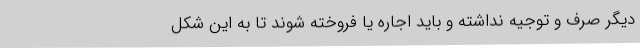
دیگر صرف و توجیه نداشته و باید اجاره یا فروخته شوند تا به این شکل